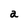
Character: a